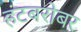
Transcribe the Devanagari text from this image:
हंटबरोबर